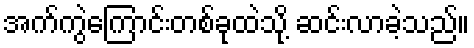
အက်ကွဲကြောင်းတစ်ခုထဲသို့ ဆင်းလာခဲ့သည်။